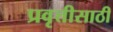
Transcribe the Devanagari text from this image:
प्रवृत्तीसाठी